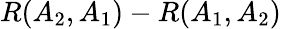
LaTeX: R(A_{2},A_{1})-R(A_{1},A_{2})